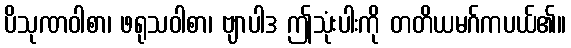
ပိသုဏဝါစာ၊ ဖရုသဝါစာ၊ ဗျာပါဒ ဤသုံးပါးကို တတိယမဂ်ကပယ်၏။